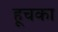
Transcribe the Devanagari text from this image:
हूचका